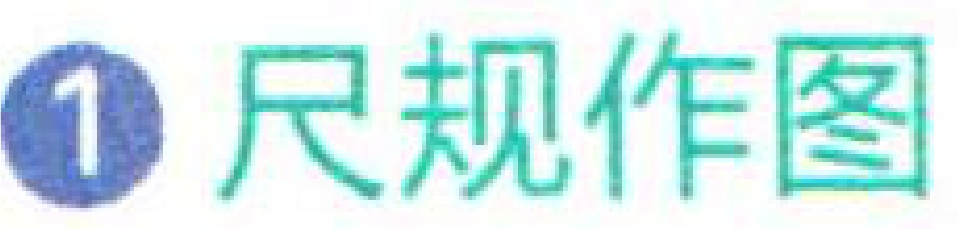
\textcircled{1} 尺规作图